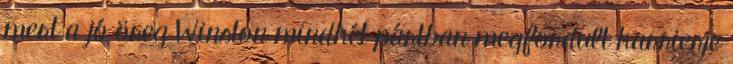
mert a jó öreg Winston mindkét pártban megfordult karrierje